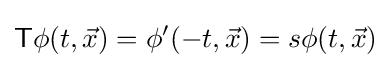
{\mathsf {T}}\phi (t,{\vec {x}})=\phi ^{\prime }(-t,{\vec {x}})=s\phi (t,{\vec {x}})